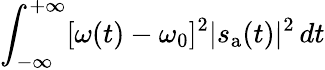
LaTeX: \int_{-\infty}^{+\infty}[\omega(t)-\omega_{0}]^{2}|s_{\mathrm{a}}(t)|^{2}\, dt